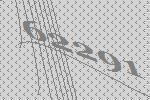
62291